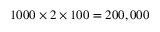
1 0 0 0 \times 2 \times 1 0 0 = 2 0 0 , 0 0 0